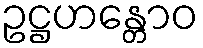
ဥဋ္ဌဟန္တောဝ